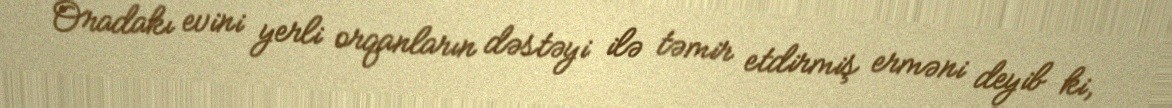
Oradakı evini yerli orqanların dəstəyi ilə təmir etdirmiş erməni deyib ki,